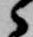
々